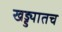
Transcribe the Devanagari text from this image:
खड्ड्यातच